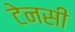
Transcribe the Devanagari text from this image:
टेनसी